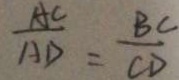
\frac { A C } { A D } = \frac { B C } { C D }